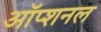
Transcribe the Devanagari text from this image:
ऑप्शनल